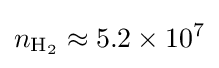
n_{\mathrm {H_{2}} }\approx 5.2\times 10^{7}